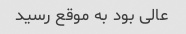
عالی بود به موقع رسید